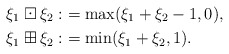
\begin{align*} \xi_1\boxdot \xi_2:&=\max(\xi_1+\xi_2 - 1,0),\\ \xi_1\boxplus \xi_2:&=\min(\xi_1+\xi_2,1). \end{align*}